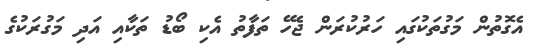
އެގޮތުން މަގުތަކުގައި ހަރުކުރަން ޖެހޭ ތަފާތު އެކި ބޯޑު ތަކާއި އަދި މަގުރަކުގެ